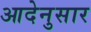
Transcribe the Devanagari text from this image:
आदेनुसार